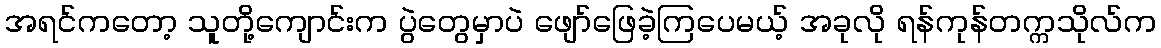
အရင်ကတော့ သူတို့ကျောင်းက ပွဲတွေမှာပဲ ဖျော်ဖြေခဲ့ကြပေမယ့် အခုလို ရန်ကုန်တက္ကသိုလ်က